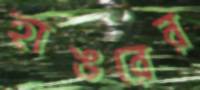
হাঙরের